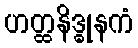
ဟတ္ထနိဒ္ဓုနကံ